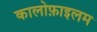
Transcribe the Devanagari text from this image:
कालोफ़ाइलम